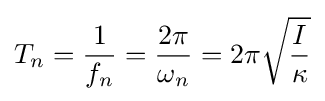
T_{n}={\frac {1}{f_{n}}}={\frac {2\pi }{\omega _{n}}}=2\pi {\sqrt {\frac {I}{\kappa }}}